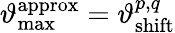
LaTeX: \vartheta_{\mathrm{max}}^{\mathrm{approx}}=\vartheta_{\mathrm{shift}}^{p,q}